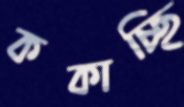
ককাচ্ছি